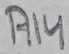
Text: R14